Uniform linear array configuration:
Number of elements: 12
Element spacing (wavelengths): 1
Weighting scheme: hamming
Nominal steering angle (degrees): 45
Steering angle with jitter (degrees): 44.971
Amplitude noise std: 0.05
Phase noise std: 0.05

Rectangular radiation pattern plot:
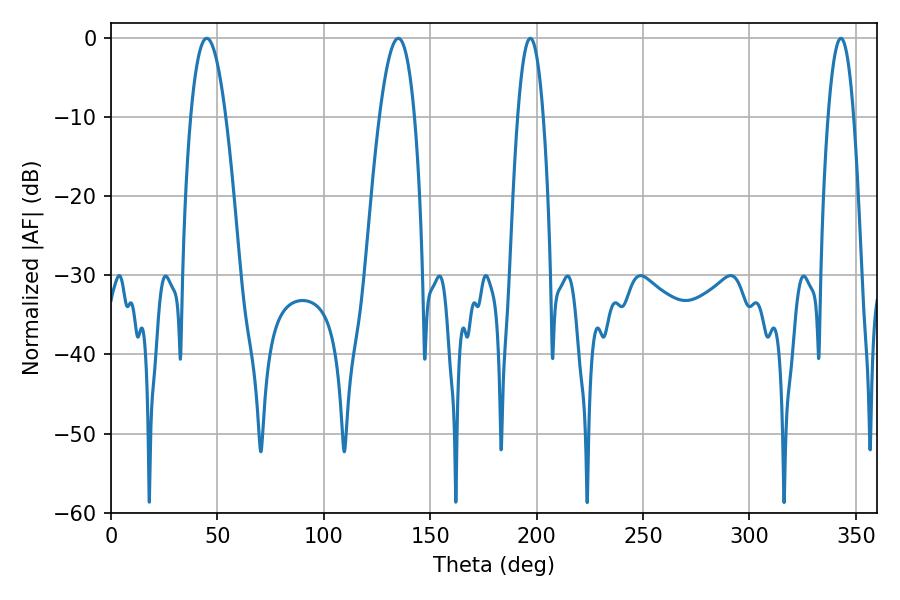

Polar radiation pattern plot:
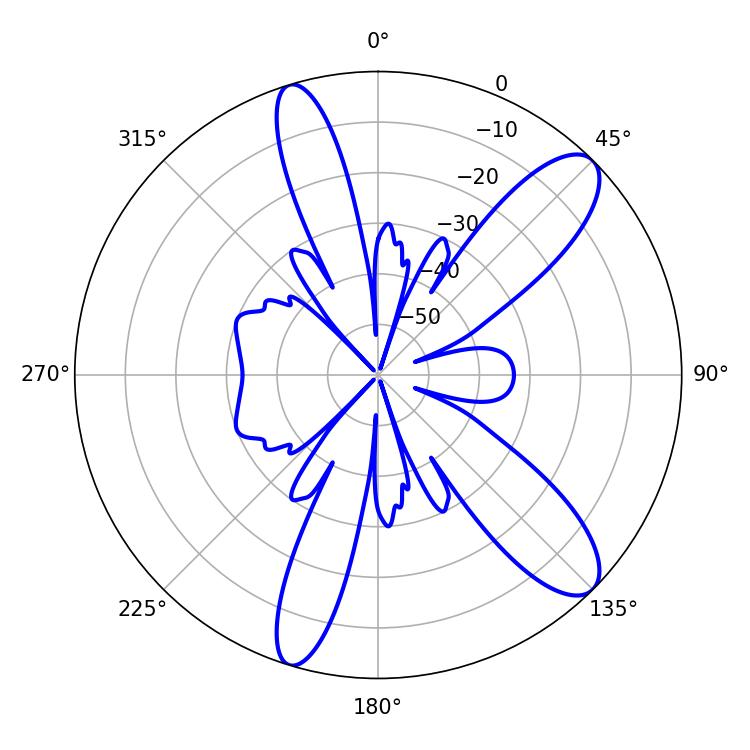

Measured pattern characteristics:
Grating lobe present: TRUE
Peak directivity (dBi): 10.752
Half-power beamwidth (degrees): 9
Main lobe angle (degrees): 45